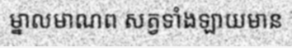
ម្នាលមាណព សត្វទាំងឡាយមាន